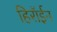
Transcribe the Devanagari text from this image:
हिरॉईन